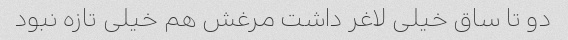
دو تا ساق خیلی لاغر داشت مرغش هم خیلی تازه نبود